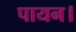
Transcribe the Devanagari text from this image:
पायन।